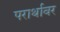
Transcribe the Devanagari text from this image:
परार्थावर